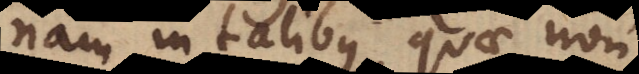
nam in talibus, quae non